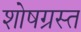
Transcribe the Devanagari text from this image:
शोषग्रस्‍त